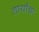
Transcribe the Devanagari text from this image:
तार्यांचा